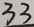
3 3